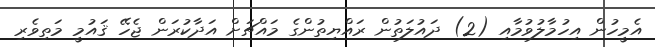
އެމީހުން އިހުމާލުވުމާއި (2) ދައުލަތުން ރައްޔިތުންގެ މައްޗަށް އަދާކުރަން ޖެހޭ ޤައުމީ މަތިވެރި